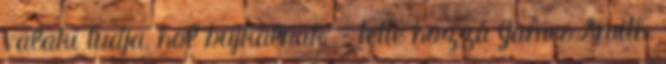
valaki tudja, hol bujkálnak" – tette hozzá James Smith,